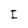
Character: I